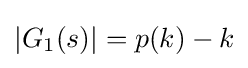
|G_{1}(s)|=p(k)-k